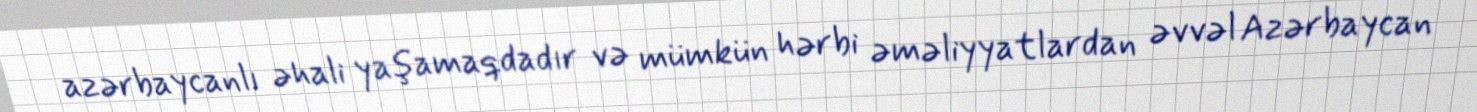
azərbaycanlı əhali yaşamaqdadır və mümkün hərbi əməliyyatlardan əvvəl Azərbaycan